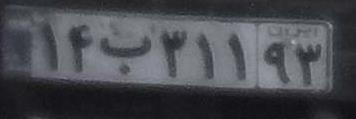
۱۴ب۳۱۱۹۳